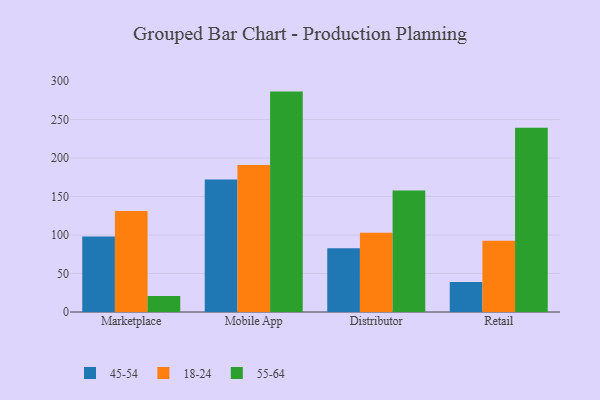
{"axis": {"x": "Channel", "y": "Tickets Resolved"}, "legend": ["18-24", "45-54", "55-64"], "data": [{"x": "Marketplace", "y": 98.0, "type": "45-54"}, {"x": "Marketplace", "y": 131.2, "type": "18-24"}, {"x": "Marketplace", "y": 20.9, "type": "55-64"}, {"x": "Mobile App", "y": 172.1, "type": "45-54"}, {"x": "Mobile App", "y": 191.0, "type": "18-24"}, {"x": "Mobile App", "y": 286.2, "type": "55-64"}, {"x": "Distributor", "y": 82.7, "type": "45-54"}, {"x": "Distributor", "y": 103.0, "type": "18-24"}, {"x": "Distributor", "y": 157.7, "type": "55-64"}, {"x": "Retail", "y": 38.8, "type": "45-54"}, {"x": "Retail", "y": 92.6, "type": "18-24"}, {"x": "Retail", "y": 239.3, "type": "55-64"}]}